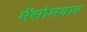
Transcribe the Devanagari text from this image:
मेंसोमवार